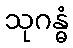
သုဂန္ဓံ